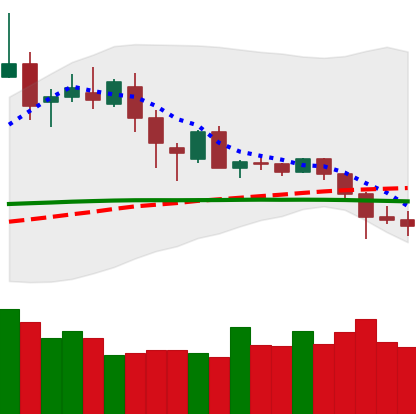
Ticker: DOGE-USD
Chart end date: 2020-02-28
Forward return: 4.762%
Label: up_3_5